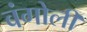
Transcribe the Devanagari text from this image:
बंगोली